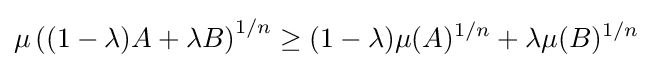
\mu \left((1-\lambda )A+\lambda B\right)^{1/n}\geq (1-\lambda )\mu (A)^{1/n}+\lambda \mu (B)^{1/n}